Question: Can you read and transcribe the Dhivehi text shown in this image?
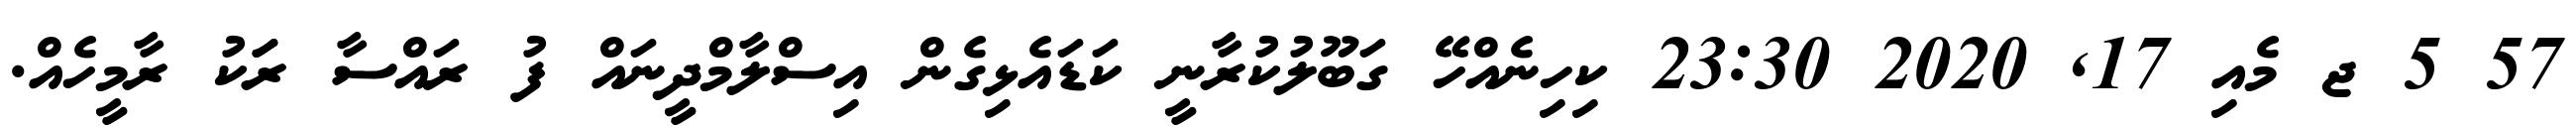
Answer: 57 5 ޖ މެއި 17, 2020 23:30 ކިހިނެއްހޭ ގަބޫލުކުރާނީ ކަޑައެޅިގެން އިސްލާމްދީނައް ފު ރައްސާ ރަަކު ރާމީހެއް.